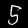
Label: 5